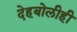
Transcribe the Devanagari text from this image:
देहबोलीही